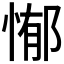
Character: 𭝣